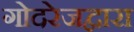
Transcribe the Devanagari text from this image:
गोदरेजद्वारा